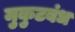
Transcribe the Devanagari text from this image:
मुकुटबंध